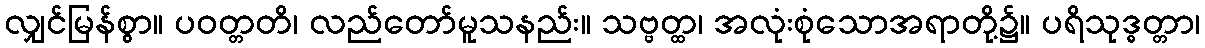
လျှင်မြန်စွာ။ ပဝတ္တတိ၊ လည်တော်မူသနည်း။ သဗ္ဗတ္ထ၊ အလုံးစုံသောအရာတို့၌။ ပရိသုဒ္ဓတ္တာ၊